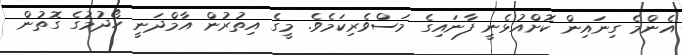
އެންމެ ގިނައިން ކޮށްއުޅެނީ ފާނައިގެ މަސްވެރިކަމެވެ. މީގެ އިތުރުން އާމްދަނީ ހޯދުމުގެ ގޮތުން